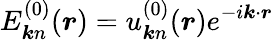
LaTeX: E_{\boldsymbol{k}n}^{(0)}(\boldsymbol{r})=u_{\boldsymbol{k}n}^{(0)}(\boldsymbol{r})e^{-i\boldsymbol{k}\cdot\boldsymbol{r}}